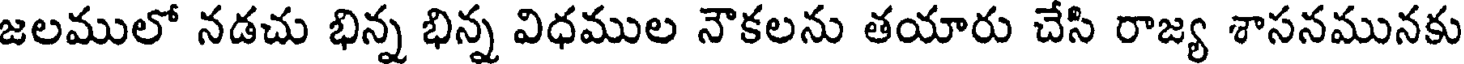
జలములో నడచు భిన్న భిన్న విధముల నౌకలను తయారు చేసి రాజ్య శాసనమునకు